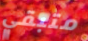
متبقي